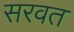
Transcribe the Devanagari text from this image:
सरवत